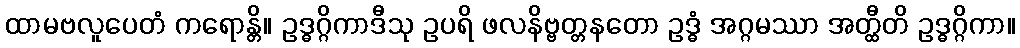
ထာမဗလူပေတံ ကရောန္တိ။ ဥဒ္ဓဂ္ဂိကာဒီသု ဥပရိ ဖလနိဗ္ဗတ္တနတော ဥဒ္ဓံ အဂ္ဂမဿာ အတ္ထီတိ ဥဒ္ဓဂ္ဂိကာ။